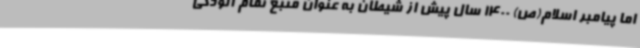
اما پیامبر اسلام(ص) 1400 سال پیش از شیطان به عنوان منبع تمام آلودگی